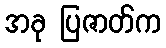
အခု ပြဇာတ်က